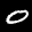
Label: 0